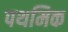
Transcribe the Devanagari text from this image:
पथमिक